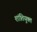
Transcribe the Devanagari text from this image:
शांतियुक्त